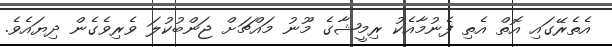
އެތެރޭގައި އޮތް އެތި ފެނުމާއެކު ރިމީޝާގެ މޫނު މައްޗަށް ޖަންބުކުލަ ވެރިވެގެން ދިޔައެވެ.